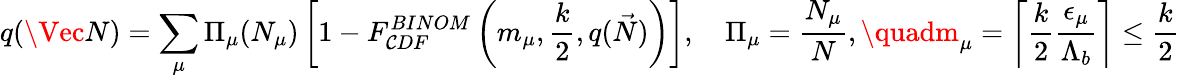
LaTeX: q(\Vec{N})=\sum_{\mu}{\Pi}_{\mu}(N_{\mu})\left[1-F_{\mathcal{C}DF}^{BINOM}\left(m_{\mu},\frac{{k}}{{2}},q(\vec{{N}})\right)\right],\quad{\Pi}_{\mu}=\frac{{N_{\mu}}}{{N}},\quadm_{\mu}=\left\lceil{\frac{{k}}{{2}}\frac{{{\epsilon}_{\mu}}}{{{\Lambda}_{b}}}}\right\rceil\leq\frac{{k}}{{2}}